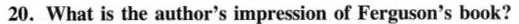
20.What is the author's impression of Ferguson's book?